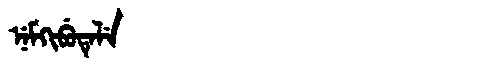
Manchu: ᠨᡝᠮᡴᡳᠪᡠᡨᡝᠯᡝ
Romanization: NEMKIBUTELE